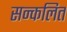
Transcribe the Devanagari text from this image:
सन्कलित